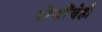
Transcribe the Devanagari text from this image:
दोन्हींचेही